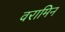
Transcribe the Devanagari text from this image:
वरामिन